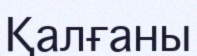
Қалғаны